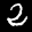
Digit: 2